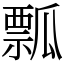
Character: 瓢